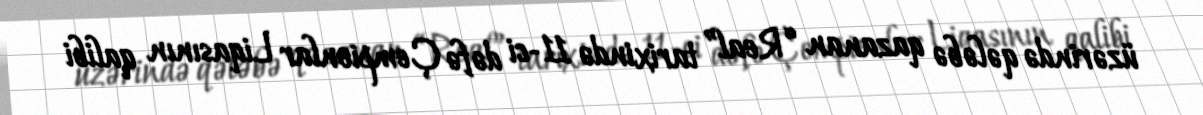
üzərində qələbə qazanan “Real” tarixində 11-ci dəfə Çempionlar Liqasının qalibi